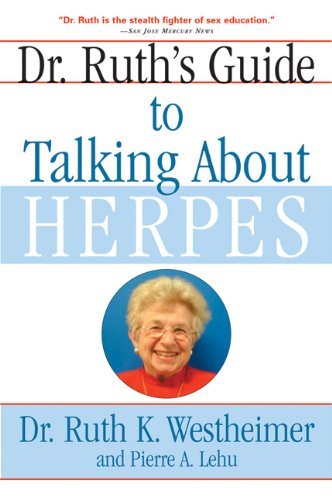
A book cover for Dr. Ruth's Guide to Talking About Herpes [Paperback] [2004] (Author) Dr. Ruth K. Westheimer, Pierre A. Lehu; Health, Fitness & Dieting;